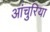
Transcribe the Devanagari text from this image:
आंचुरिया